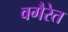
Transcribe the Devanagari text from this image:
वगैरेत